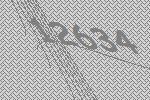
12634